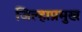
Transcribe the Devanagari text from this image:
जिल्हाप्रमुख